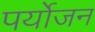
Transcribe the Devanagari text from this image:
पर्योजन